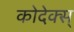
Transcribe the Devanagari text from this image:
कोदेक्स्